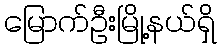
မြောက်ဦးမြို့နယ်ရှိ